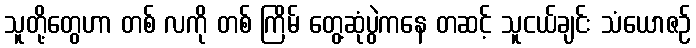
သူတို့တွေဟာ တစ် လကို တစ် ကြိမ် တွေ့ဆုံပွဲကနေ တဆင့် သူငယ်ချင်း သံယောဇဉ်